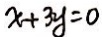
x + 3 y = 0